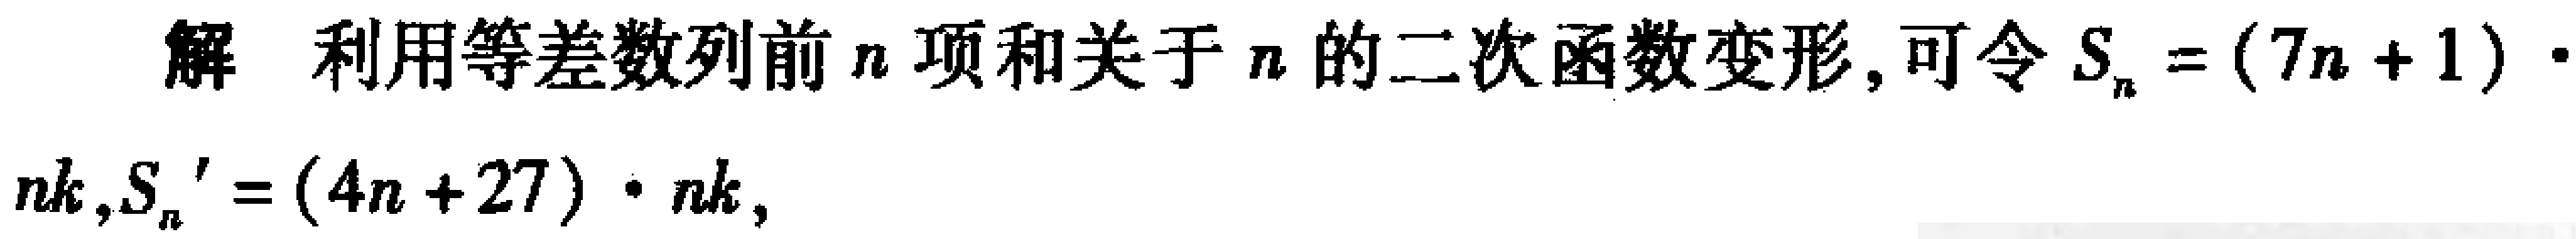
解 利用等差数列前\(n\)项和关于\(n\)的二次函数变形, 可令\(S_{n}=(7n + 1)\cdot nk,S_{n}'=(4n + 27)\cdot nk\)，